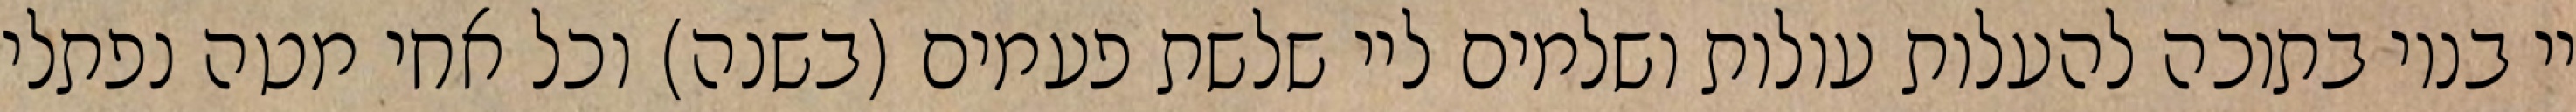
יי בנוי בתוכה להעלות עולות ושלמים ליי שלשת פעמים (בשנה) וכל אחי מטה נפתלי